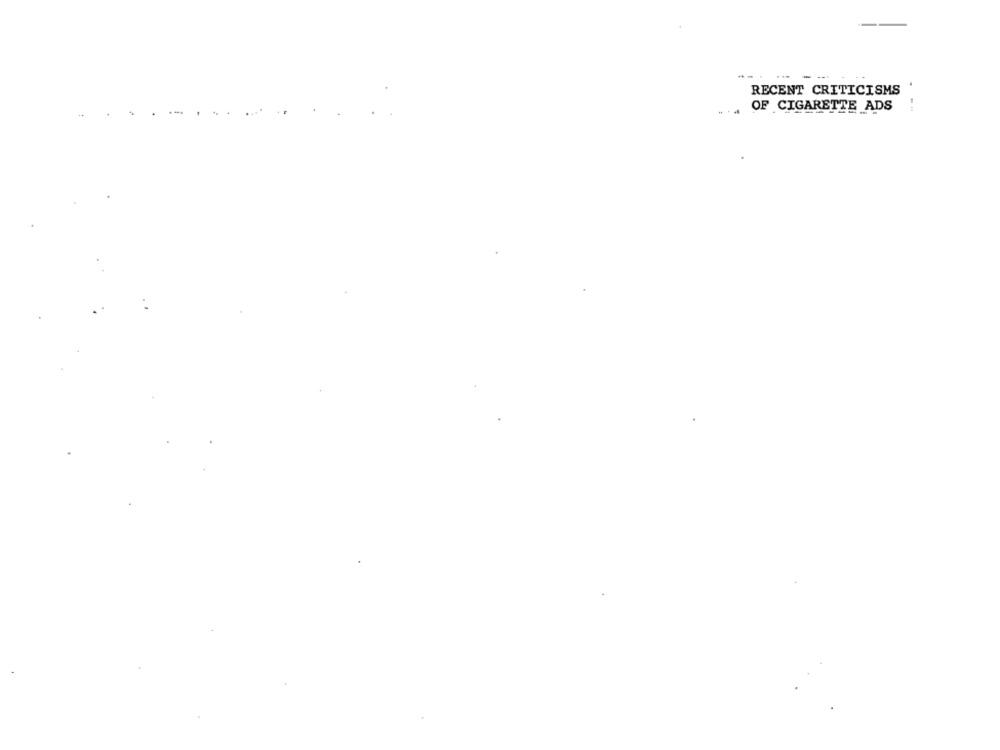
RECENT CRITICISMS '
OF CIGARETTE ADS